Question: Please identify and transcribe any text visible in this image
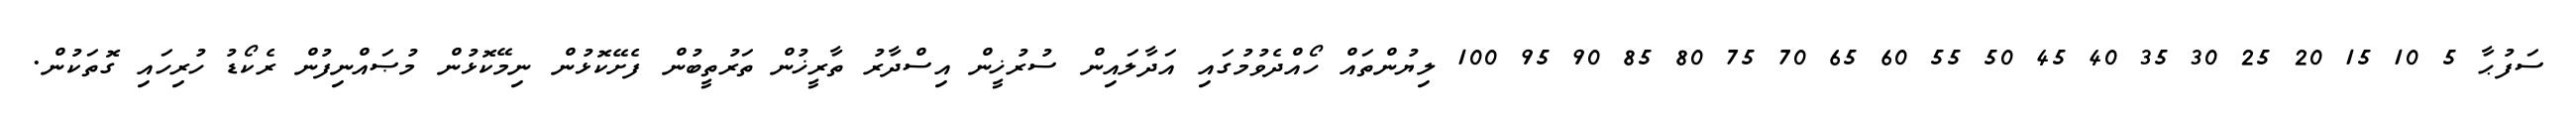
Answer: ސަފުޙާ 5 10 15 20 25 30 35 40 45 50 55 60 65 70 75 80 85 90 95 100 ލިޔުންތައް ހޯއްދެވުމުގައި އަދާލައިން ސުރުޚީން އިސްދާރު ތާރީޚުން ތަރުތީބުން ފެށޭކޮޅުން ނިމޭކޮޅުން މުޞައްނިފުން ރެކޯޑު ހުރިހައި ގޮތަކުން.